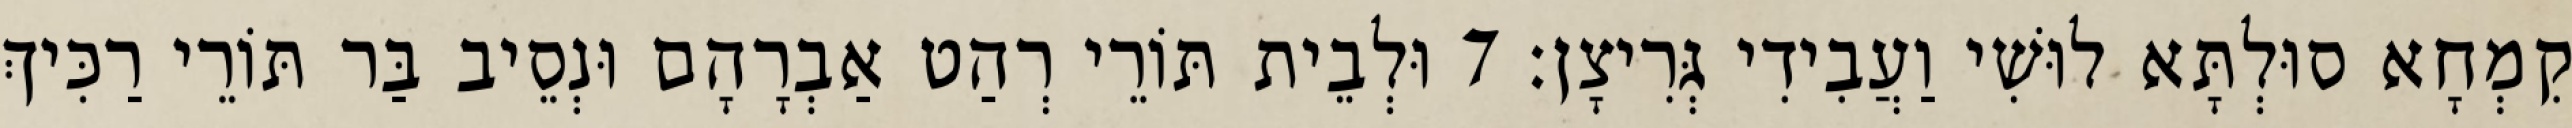
קִמְחָא סוּלְתָּא לוּשִׁי וַעֲבִידִי גְּרִיצָן׃ 7 וּלְבֵית תּוֹרֵי רְהַט אַבְרָהָם וּנְסֵיב בַּר תּוֹרֵי רַכִּיךְ